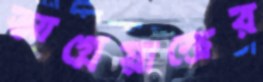
আগ্নেয়াস্ত্রের